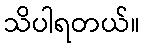
သိပါရတယ်။